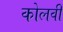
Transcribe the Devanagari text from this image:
कोलवी